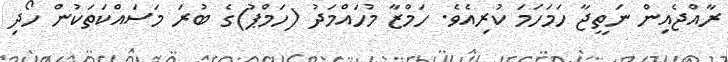
ރާއްޖެއިން ނަތީޖާ ހަމަހަމަ ކުރިއެވެ. ހަމްޒާ މުހައްމަދު (ހަމްޕު)ގެ ބުރަ މަަސައްކަތަކުން ހޯދި